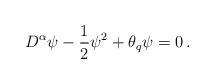
LaTeX: \begin{align*} D^{\alpha}\psi-\frac12\psi^2+\theta_q \psi=0 \, .\end{align*}